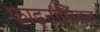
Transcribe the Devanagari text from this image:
फाइनांसियल